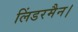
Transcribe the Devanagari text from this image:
लिंडरमैन।